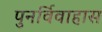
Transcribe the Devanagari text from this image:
पुनर्विवाहास